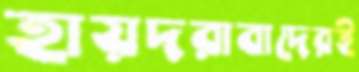
হায়দরাবাদেরই